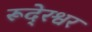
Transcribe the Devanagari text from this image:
रूदे्रश्वर